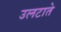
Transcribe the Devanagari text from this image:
उलटाते